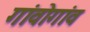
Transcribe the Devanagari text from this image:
गांवोगांव